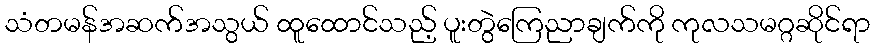
သံတမန်အဆက်အသွယ် ထူထောင်သည့် ပူးတွဲကြေညာချက်ကို ကုလသမဂ္ဂဆိုင်ရာ